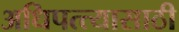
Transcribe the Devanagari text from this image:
अधिपत्त्यासाठी